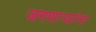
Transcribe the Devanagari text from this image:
जगणाऱ्यांना